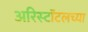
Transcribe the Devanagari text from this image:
अरिस्टॉटलच्या